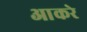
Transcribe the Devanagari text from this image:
आकरे